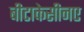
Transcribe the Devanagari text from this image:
बीटाकेसीनए